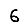
Digit: 6